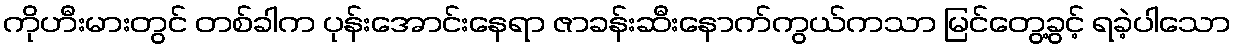
ကိုဟီးမားတွင် တစ်ခါက ပုန်းအောင်းနေရာ ဇာခန်းဆီးနောက်ကွယ်ကသာ မြင်တွေ့ခွင့် ရခဲ့ပါသော